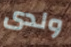
ولدى